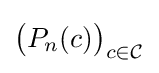
{\bigl (}P_{n}(c){\bigr )}_{c\in {\mathcal {C}}}